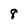
Character: 8